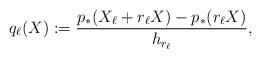
LaTeX: \begin{align*}q_\ell (X) := \frac{p_{*}(X_\ell +r_\ell X) - p_{*}(r_\ell X)}{h_{r_\ell}},\end{align*}